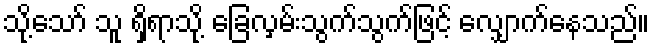
သို့သော် သူ ရှိရာသို့ ခြေလှမ်းသွက်သွက်ဖြင့် လျှောက်နေသည်။